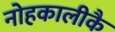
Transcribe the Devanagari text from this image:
नोहकालीकै